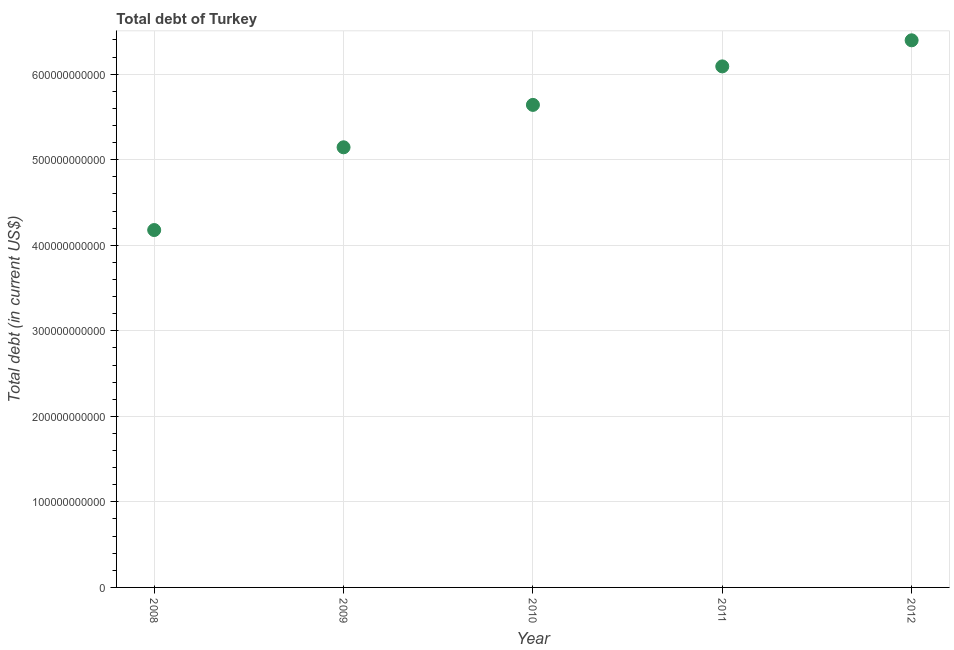
| Year | Central government debt |
 | --- | --- |
 | 2008 | 4.18e+11 |
 | 2009 | 5.15e+11 |
 | 2010 | 5.64e+11 |
 | 2011 | 6.09e+11 |
 | 2012 | 6.4e+11 |